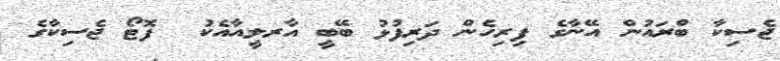
ޖެސިކާ ބްރައުން އޭނާގެ ފިރިހެން ދަރިފުޅު ބޭބީ އާރލީއާއެކު  ފޮޓޯ ޖެސިކާގެ